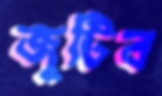
জুটিব